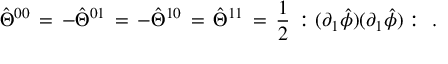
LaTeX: \hat { \Theta } ^ { 0 0 } \, = \, - \hat { \Theta } ^ { 0 1 } \, = \, - \hat { \Theta } ^ { 1 0 } \, = \, \hat { \Theta } ^ { 1 1 } \, = \, \frac { 1 } { 2 } \, : ( \partial _ { 1 } \hat { \phi } ) ( \partial _ { 1 } \hat { \phi } ) : \, \, .